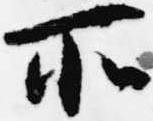
所